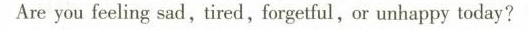
Are you feeling sad, tired,forgetful,or unhappy today?